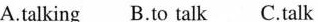
A.talking B.to talk C.talk